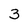
Character: 3